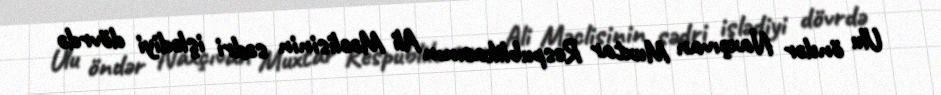
Ulu öndər Naxçıvan Muxtar Respublikasının Ali Məclisinin sədri işlədiyi dövrdə